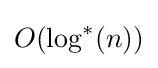
O(\log ^{*}(n))